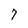
Character: 7